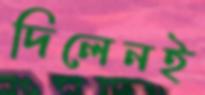
দিলেনই